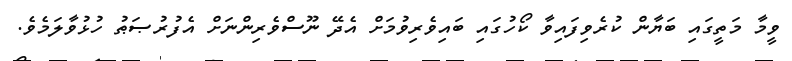
ވީމާ މަތީގައި ބަޔާން ކުރެވިފައިވާ ކޯހުގައި ބައިވެރިވުމަށް އެދޭ ނޫސްވެރިންނަށް އެފުރުޞަޠު ހުޅުވާލަމެވެ.